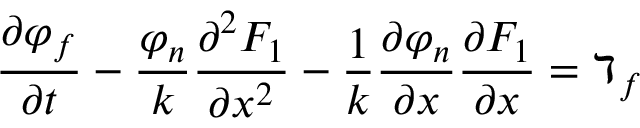
\frac { \partial \varphi _ { f } } { \partial t } - \frac { \varphi _ { n } } { k } \frac { \partial ^ { 2 } F _ { 1 } } { \partial x ^ { 2 } } - \frac { 1 } { k } \frac { \partial \varphi _ { n } } { \partial x } \frac { \partial F _ { 1 } } { \partial x } = \daleth _ { f }